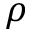
\rho